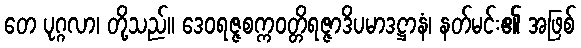
တေ ပုဂ္ဂလာ၊ တို့သည်။ ဒေဝရဇ္ဇစက္ကဝတ္တိရဇ္ဇာဒိပမာဒဋ္ဌာနံ၊ နတ်မင်း၏ အဖြစ်